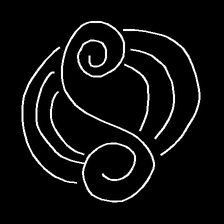
Glyph: wind-underfoot